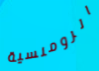
الرومنسية